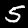
Digit: 5